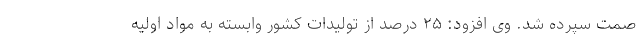
صمت سپرده شد. وی افزود: ۲۵ درصد از تولیدات کشور وابسته به مواد اولیه